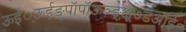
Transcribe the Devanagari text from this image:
ऊईं़ऊईङ्पॉपॉऊञ्ङ़़्क्षू७डंऑई॰